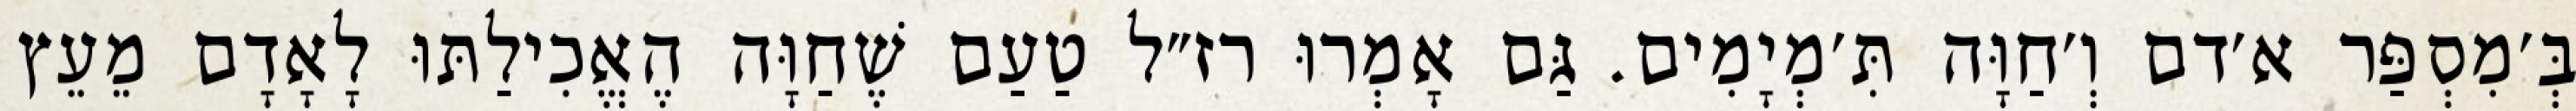
בְּ׳מִסְפַּר א׳דם וְ׳חַוָּה תִּ׳מְיָמִים. גַּם אָמְרוּ רז״ל טַעַם שֶׁחַוָּה הֶאֱכִילַתּוּ לָאָדָם מֵעֵץ